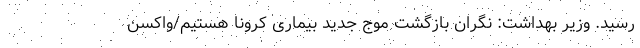
رسید. وزیر بهداشت: نگران بازگشت موج جدید بیماری کرونا هستیم/واکسن